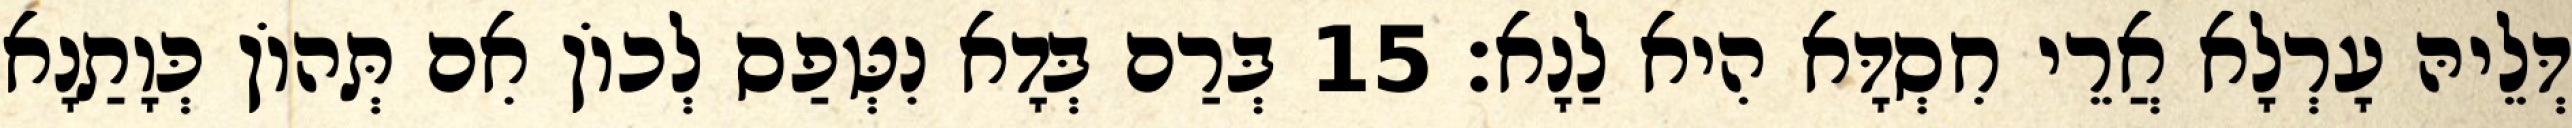
דְּלֵיהּ עָרְלָא אֲרֵי חִסְדָּא הִיא לַנָא׃ 15 בְּרַם בְּדָא נִטְּפַס לְכוֹן אִם תְּהוֹן כְּוָתַנָא